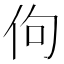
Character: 佝